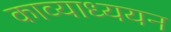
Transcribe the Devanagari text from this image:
काव्याध्ययन